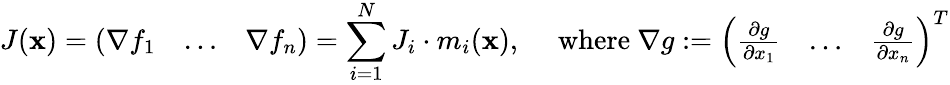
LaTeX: J(\mathbf{x})=\left(\begin{array}{lll}{\nabla f_{1}}&{\ldots}&{\nabla f_{n}}\end{array}\right)=\sum_{i=1}^{N}J_{i}\cdot m_{i}(\mathbf{x}),\quad\mathrm{~where~}\nabla g:=\left(\begin{array}{lll}{\frac{\partial g}{\partial x_{1}}}&{\ldots}&{\frac{\partial g}{\partial x_{n}}}\end{array}\right)^{T}